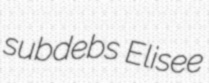
subdebs Elisee